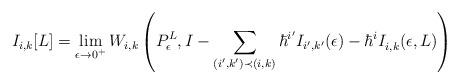
LaTeX: \begin{align*} I_{i, k}[L] = \lim_{\epsilon \to 0^+}W_{i, k}\left(P_\epsilon^L, I - \sum_{(i', k') \prec (i, k)}\hbar^{i'}I_{i', k'}(\epsilon) - \hbar^iI^{}_{i, k}(\epsilon, L)\right)\end{align*}